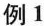
例1